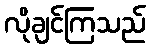
လိုချင်ကြသည်